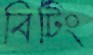
বিটিং